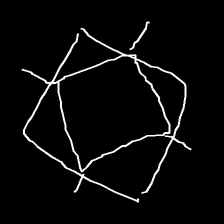
Glyph: light